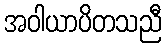
အဝါယာပိတသညီ